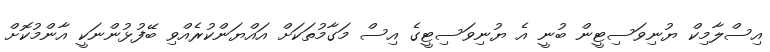
އިސްލާމިކް ޔުނިވަސިޓީން ބުނީ އެ ޔުނިވަސިޓީގެ އިސް މަގާމުތަކަށް އައްޔަންކުރެއްވި ބޭފުޅުންނަކީ އާންމުކޮށް